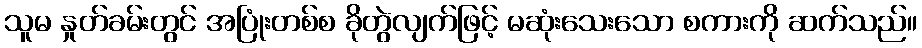
သူမ နှုတ်ခမ်းတွင် အပြုံးတစ်စ ခိုတွဲလျက်ဖြင့် မဆုံးသေးသော စကားကို ဆက်သည်။